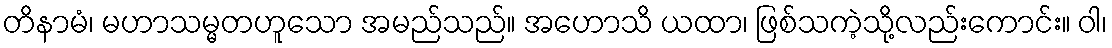
တိနာမံ၊ မဟာသမ္မတဟူသော အမည်သည်။ အဟောသိ ယထာ၊ ဖြစ်သကဲ့သို့လည်းကောင်း။ ဝါ၊